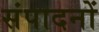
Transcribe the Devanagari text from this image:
संपादनों